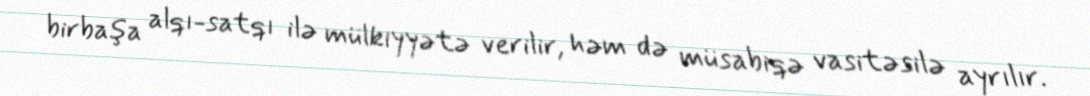
birbaşa alqı-satqı ilə mülkiyyətə verilir, həm də müsabiqə vasitəsilə ayrılır.